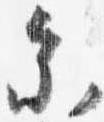
参